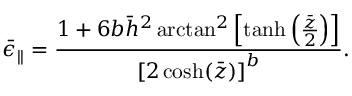
\bar { \epsilon } _ { | | } = \frac { 1 + 6 b \bar { h } ^ { 2 } \arctan ^ { 2 } \left[ \operatorname { t a n h } \left( \frac { \bar { z } } { 2 } \right) \right] } { \left[ 2 \cosh ( \bar { z } ) \right] ^ { b } } .